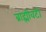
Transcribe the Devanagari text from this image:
ब्राह्मीवटी